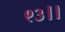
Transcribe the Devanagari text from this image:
९३।।